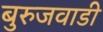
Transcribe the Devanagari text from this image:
बुरुजवाडी